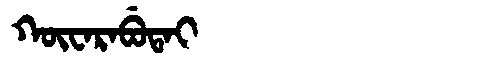
Manchu: ᡴᡡᠸᠠᡵᠠᠪᡠᡨᠠᡳ
Romanization: KŪWARABUTAI